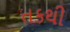
તકથી